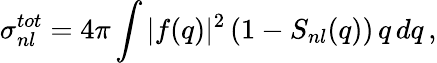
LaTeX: \sigma_{nl}^{tot}=4\pi\int|f(q)|^{2}\left(1-S_{nl}(q)\right)\, q\, dq\, ,